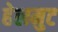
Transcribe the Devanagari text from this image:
हेलमुट